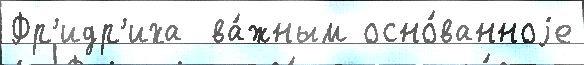
Фр'идр'иха  ва́жным осно́ванноjе